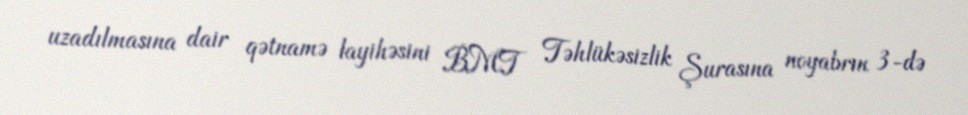
uzadılmasına dair qətnamə layihəsini BMT Təhlükəsizlik Şurasına noyabrın 3-də